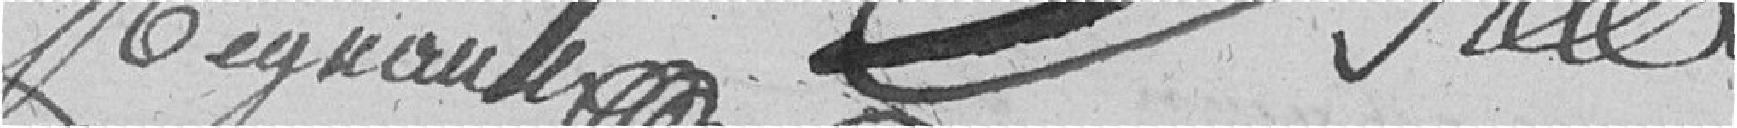
Regnaude